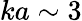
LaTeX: ka\sim 3